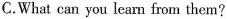
C.What can you learn from them?